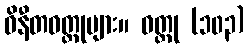
ဝိနီတဝတ္ထုများ။ ဝတ္ထု (၁၀၃)